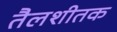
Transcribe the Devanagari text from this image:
तैलशीतक